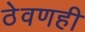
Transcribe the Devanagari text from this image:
ठेवणही